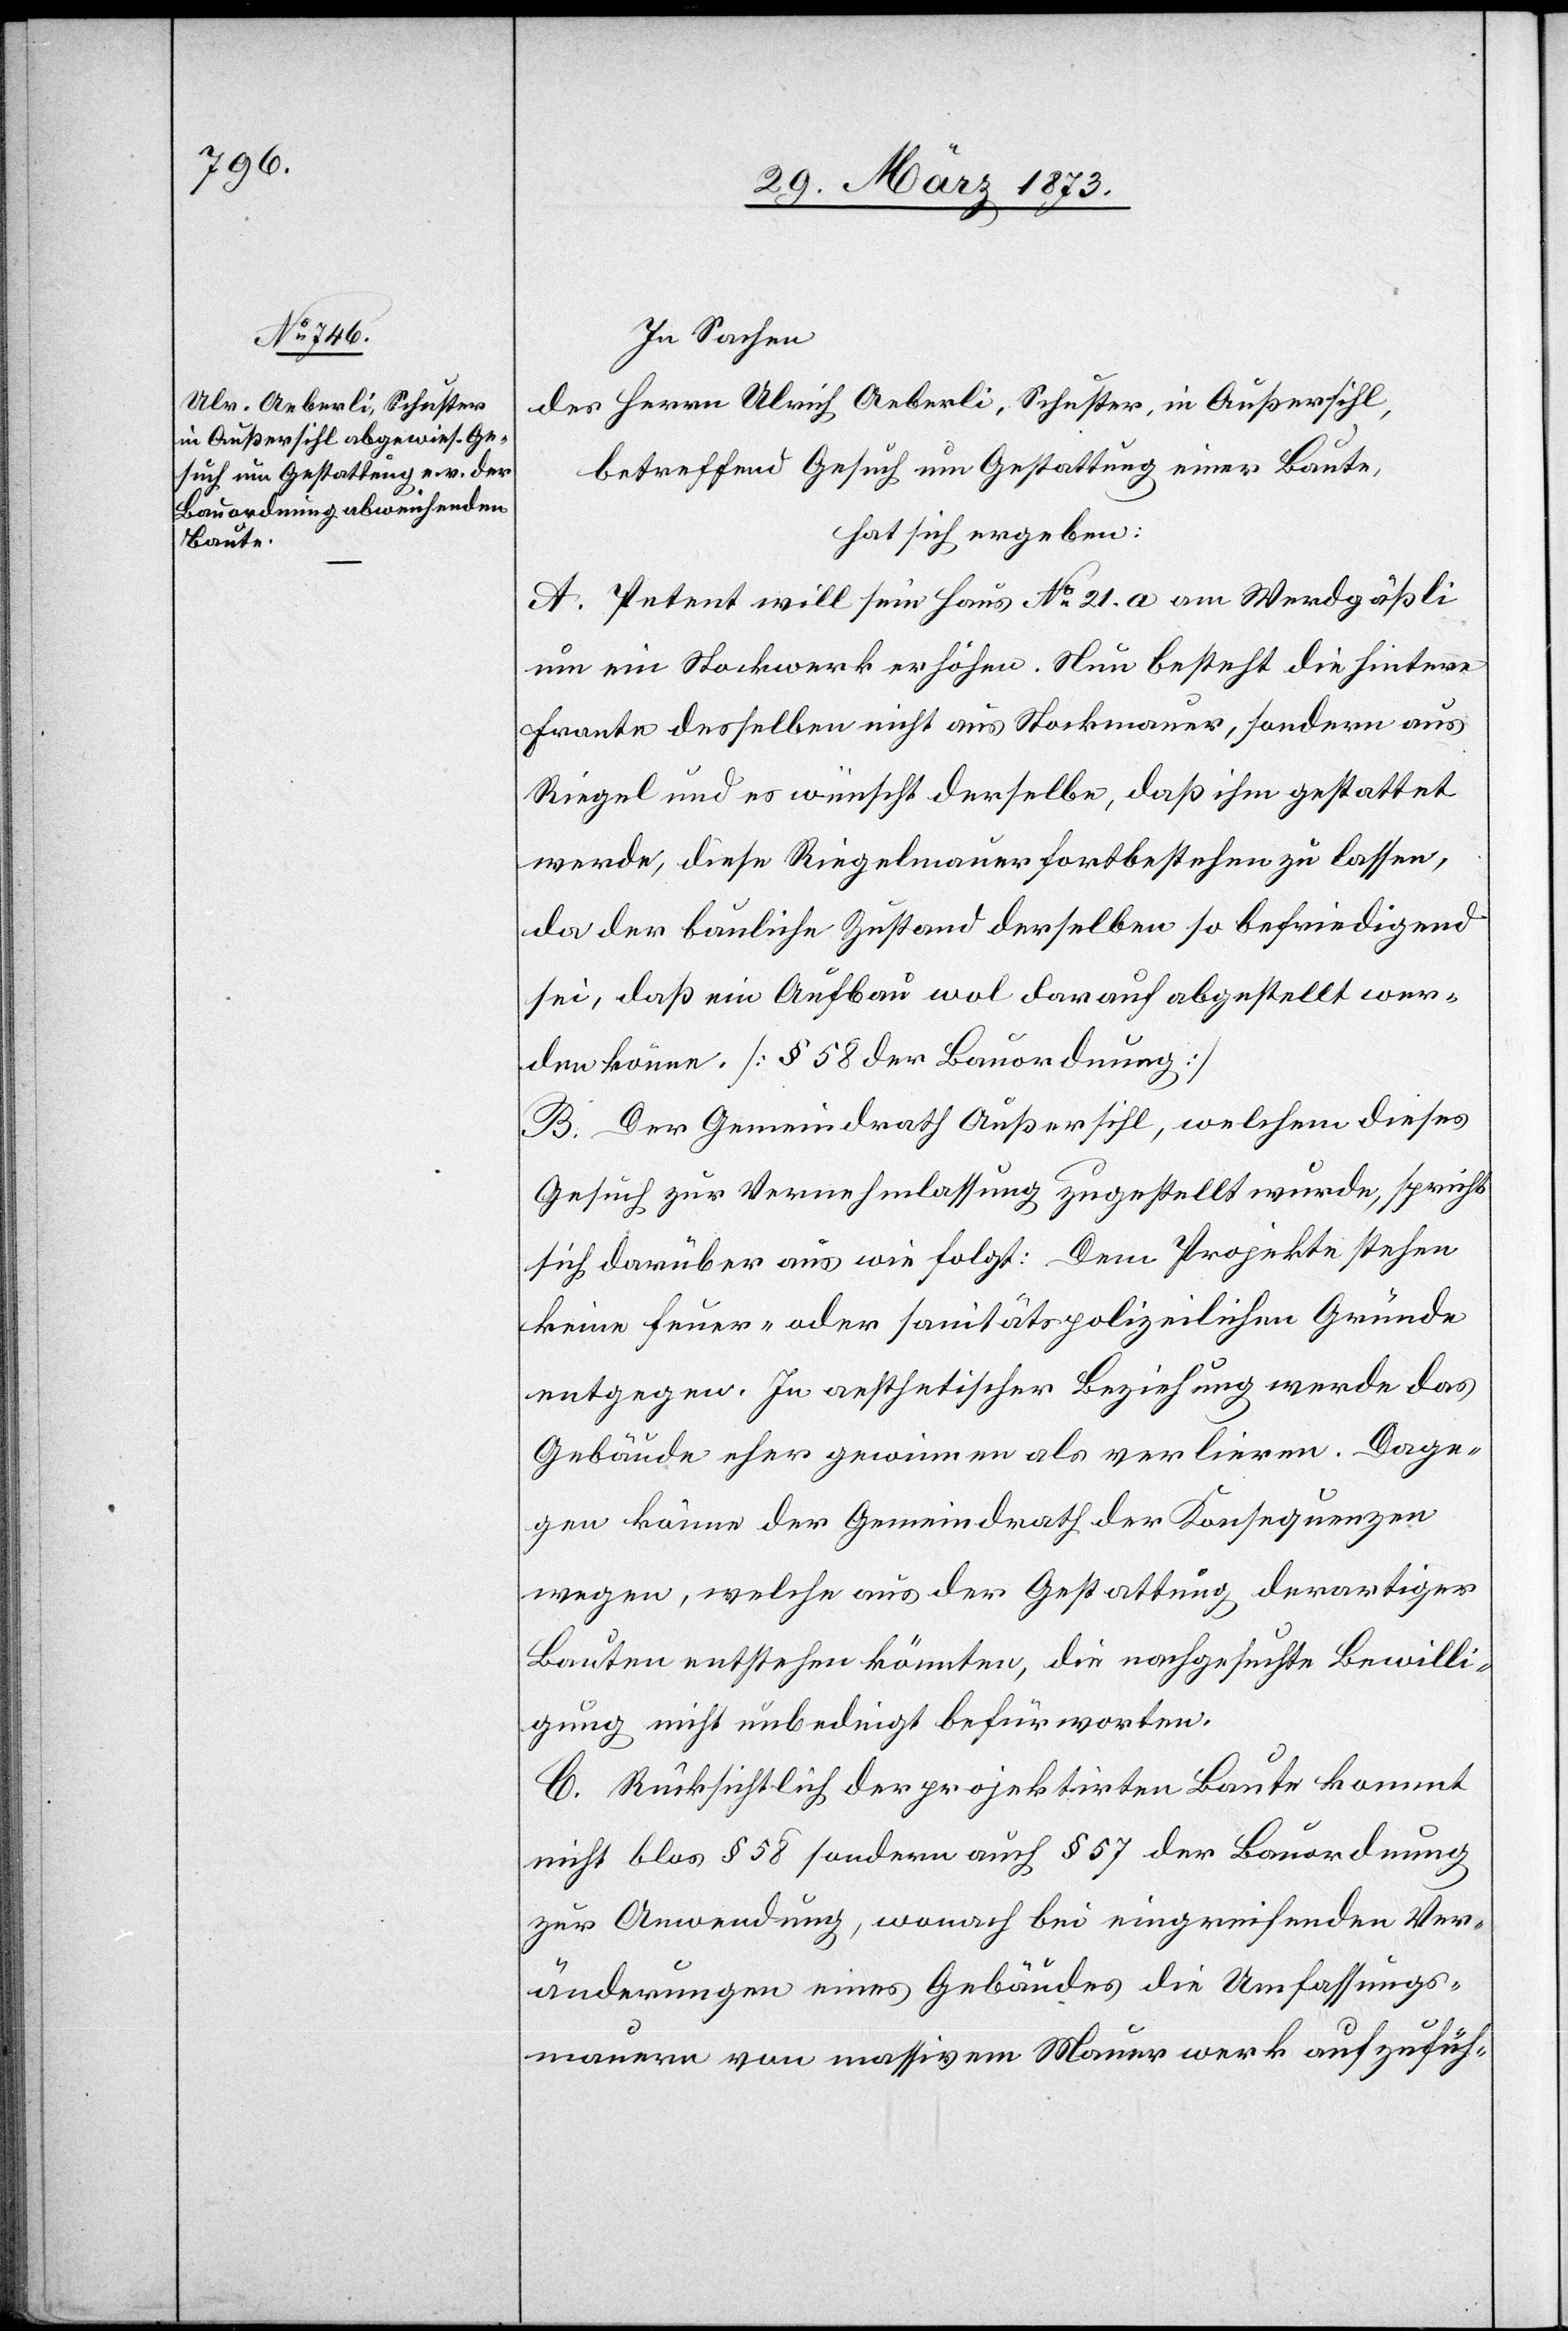
In Sachen
des Herren Ulrich Aeberli, Schuster, in Außersihl,
betreffend Gesuch um Gestattung einer Baute,
hat sich ergeben:
A. Petent will sein Haus No 21. a am Werdgäßli
um ein Stockwerk erhöhen. Neu besteht die hintere
Frante [sic!] desselben nicht aus Starkmauer, sondern aus
Riegel und es wünscht derselbe, daß ihm gestattet
werde, diese Riegelmauer fortbestehen zu lassen,
da der bauliche Zustand derselben so befriedigend
sei, daß ein Aufbau wol darauf abgestellt wer¬
den könne. [§ 58 der Bauordnung]
B. Der Gemeindrath Außersihl, welchem dieses
Gesuch zur Vernehmlassung zugestellt wurde, spricht
sich darüber aus wie folgt: Dem Projekte stehen
keine feuer- oder sanitätspolizeilichen Gründe
entgegen. In aesthetischer Beziehung werde das
Gebäude eher gewinnen als verlieren. Dage¬
gen könne der Gemeindrath der Konsequenzen
wegen, welche aus der Gestattung derartiger
Bauten entstehen könnten, die nachgesuchte Bewilli¬
gung nicht unbedingt befürworten.
C. Rücksichtlich der projektirten Baute kommt
nicht blos § 58 sondern auch § 57 der Bauordnung
zur Anwendung, wonach bei eingreifenden Ver¬
änderungen eines Gebäudes die Umfassungs¬
mauern vom massivem Mauerwerk aufzufüh-